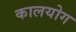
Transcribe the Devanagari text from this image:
कालयोग